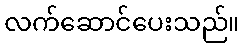
လက်ဆောင်ပေးသည်။